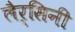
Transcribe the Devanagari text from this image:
लैर्सिनी